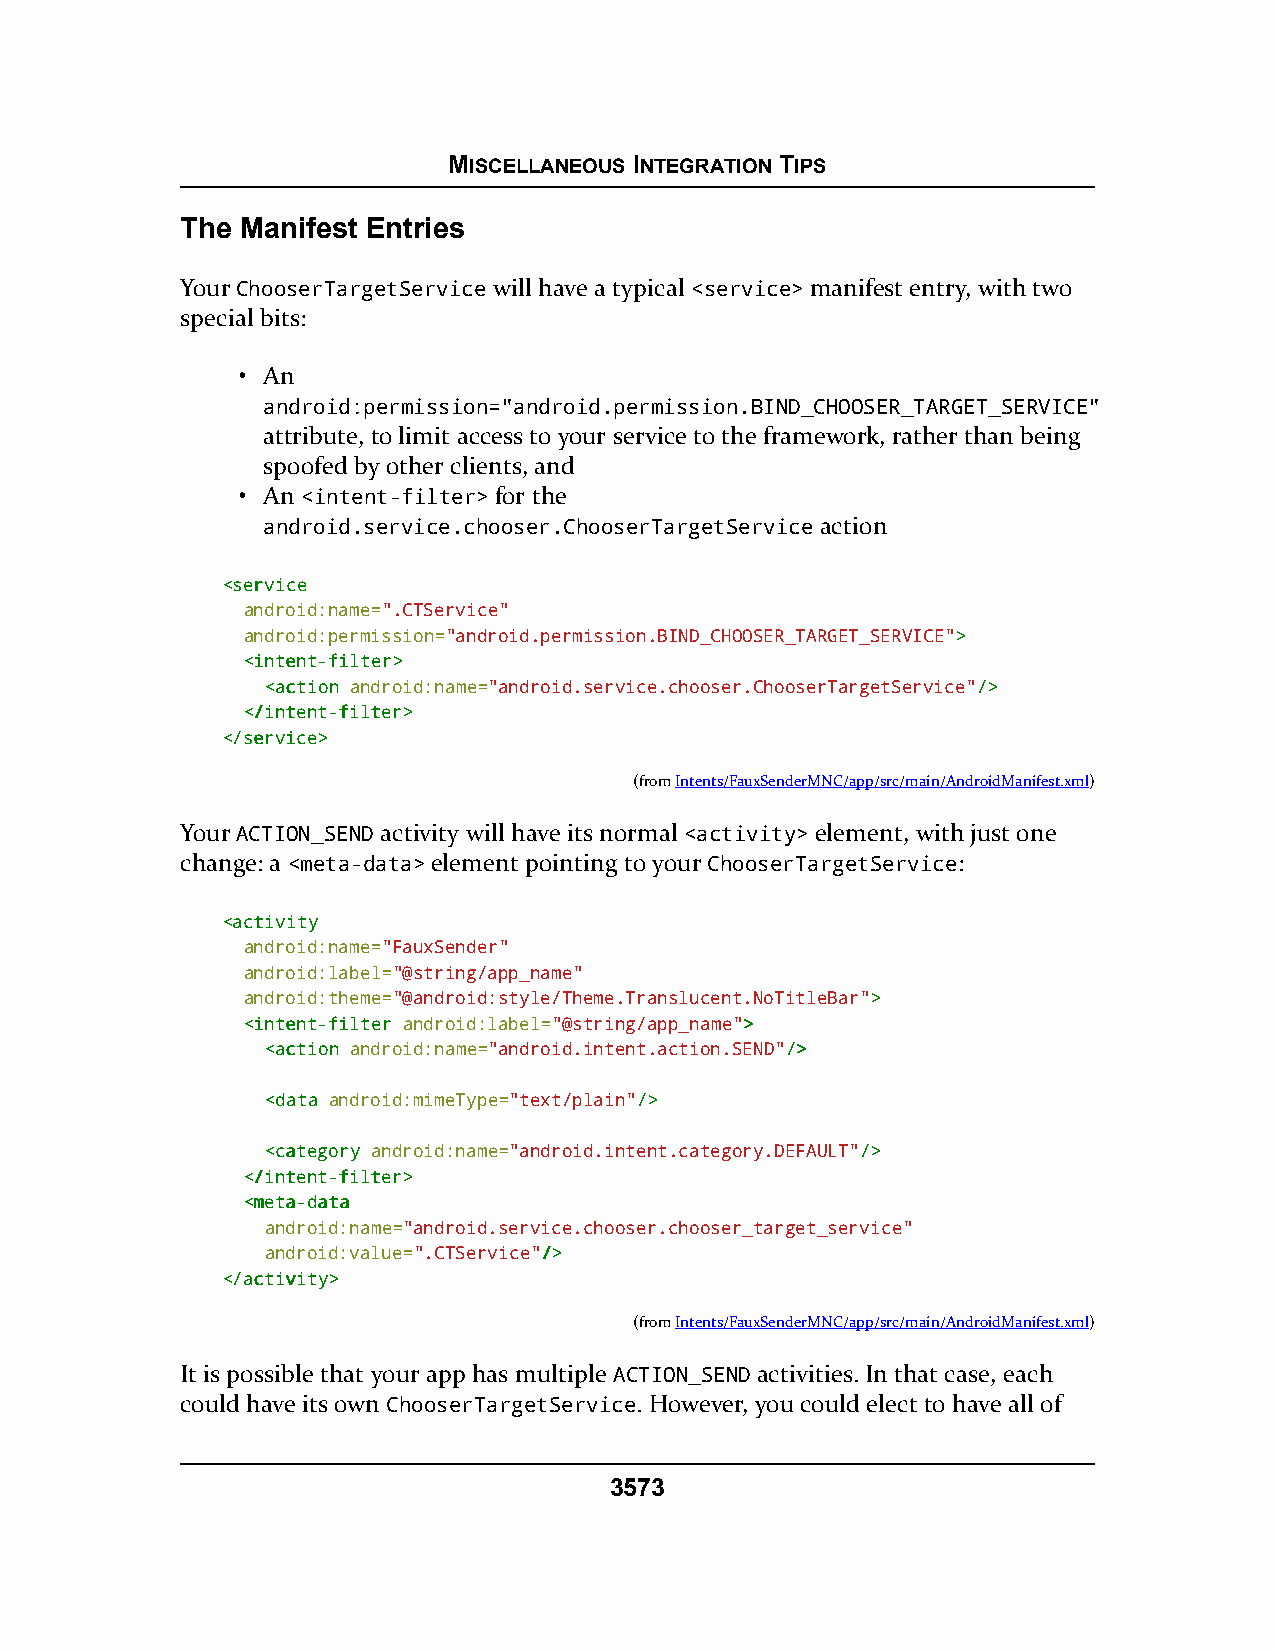
MISCELLANEOUS INTEGRATION TIPS
 The Manifest Entries
 Your ChooserTargetService will have a typical <service> manifest entry, with two
 special bits:
 • An
 android:permission="android.permission.BIND_CHOOSER_TARGET_SERVICE"
 attribute, to limit access to your service to the framework, rather than being
 spoofed by other clients, and
 • An <intent-filter> for the
 android.service.chooser.ChooserTargetService action
 <<sseerrvviiccee
 android:name=".CTService"
 android:permission="android.permission.BIND_CHOOSER_TARGET_SERVICE">>
 <<iinntteenntt--ffiilltteerr>>
 <<aaccttiioonn android:name="android.service.chooser.ChooserTargetService"//>>
 <<//iinntteenntt--ffiilltteerr>>
 <<//sseerrvviiccee>>
 (fromIntents/FauxSenderMNC/app/src/main/AndroidManifest.xml)
 Your ACTION_SEND activity will have its normal <activity> element, with just one
 change: a <meta-data> element pointing to your ChooserTargetService:
 <<aaccttiivviittyy
 android:name="FauxSender"
 android:label="@string/app_name"
 android:theme="@android:style/Theme.Translucent.NoTitleBar">>
 <<iinntteenntt--ffiilltteerr android:label="@string/app_name">>
 <<aaccttiioonn android:name="android.intent.action.SEND"//>>
 <<ddaattaa android:mimeType="text/plain"//>>
 <<ccaatteeggoorryy android:name="android.intent.category.DEFAULT"//>>
 <<//iinntteenntt--ffiilltteerr>>
 <<mmeettaa--ddaattaa
 android:name="android.service.chooser.chooser_target_service"
 android:value=".CTService"//>>
 <<//aaccttiivviittyy>>
 (fromIntents/FauxSenderMNC/app/src/main/AndroidManifest.xml)
 It is possible that your app has multiple ACTION_SEND activities. In that case, each
 could have its own ChooserTargetService. However, you could elect to have all of
 3573